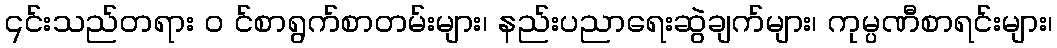
၎င်းသည်တရား ၀ င်စာရွက်စာတမ်းများ၊ နည်းပညာရေးဆွဲချက်များ၊ ကုမ္ပဏီစာရင်းများ၊